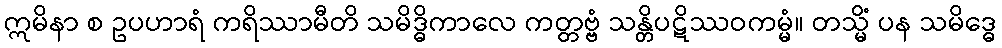
ဣမိနာ စ ဥပဟာရံ ကရိဿာမီတိ သမိဒ္ဓိကာလေ ကတ္တဗ္ဗံ သန္တိပဋိဿဝကမ္မံ။ တသ္မိံ ပန သမိဒ္ဓေ